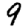
Digit: 9